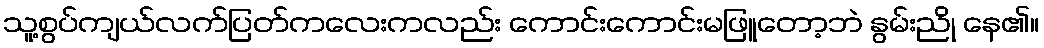
သူ့စွပ်ကျယ်လက်ပြတ်ကလေးကလည်း ကောင်းကောင်းမဖြူတော့ဘဲ နွမ်းညို နေ၏။